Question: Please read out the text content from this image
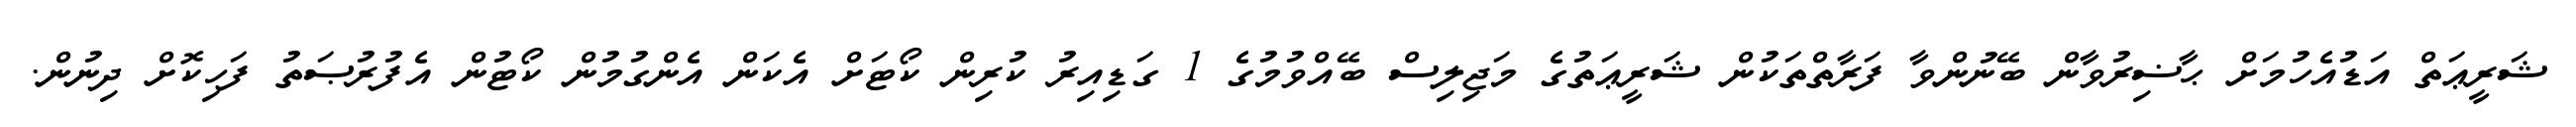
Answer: ޝަރީޢަތް އަޑުއެހުމަށް ޙާޟިރުވާން ބޭނުންވާ ފަރާތްތަކުން ޝަރީޢަތުގެ މަޖިލިސް ބޭއްވުމުގެ 1 ގަޑިއިރު ކުރިން ކޯޓަށް އެކަން އެންގުމުން ކޯޓުން އެފުރުޞަތު ފަހިކޮށް ދިނުން.